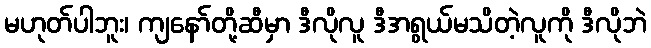
မဟုတ်ပါဘူး၊ ကျနော်တို့ဆီမှာ ဒီလိုလူ ဒီအရွယ်မသိတဲ့လူကို ဒီလိုဘဲ